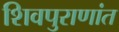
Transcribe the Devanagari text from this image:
शिवपुराणांत